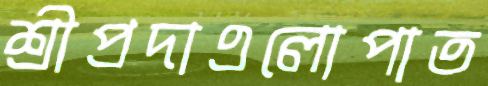
শ্রীপ্রদাএলোপাত